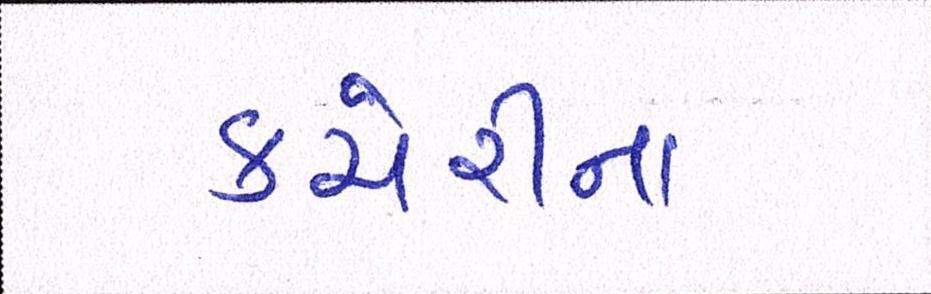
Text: કચેરીના